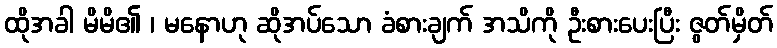
ထိုအခါ မိမိ၏ ၊ မနောဟု ဆိုအပ်သော ခံစားချက် အသိကို ဦးစားပေးပြီး ဇွတ်မှိတ်